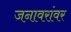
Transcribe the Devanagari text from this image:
जनावरांवर